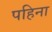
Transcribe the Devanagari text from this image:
पहिना